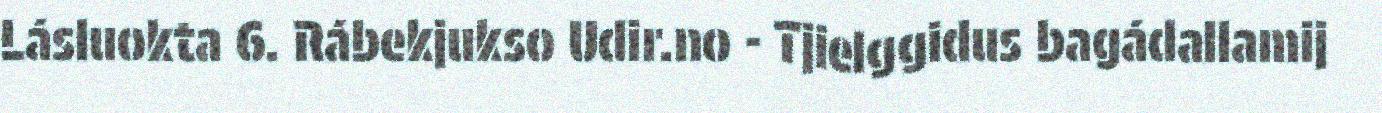
Lásluokta 6. Rábekjukso Udir.no - Tjielggidus bagádallamij